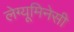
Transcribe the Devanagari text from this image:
लेग्यूमिनेसी